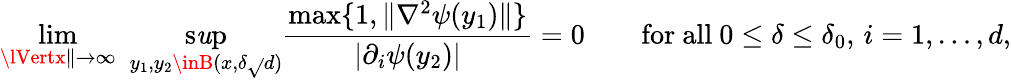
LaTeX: \operatorname*{lim}_{\lVertx\rVert\to\infty}\, \, \operatorname*{s\mathit{u}p}_{y_{1},y_{2}\inB(x,\delta\sqrt{}{{d}})}\frac{{\operatorname*{max}\{ 1,\lVert\nabla^{2}\psi(y_{1})\rVert\} }}{{\lvert\partial_{i}\psi(y_{2})\rvert}}=0\qquad\mathrm{{for~all~}}0\leq\delta\leq\delta_{0},\, i=1,\dots,d,